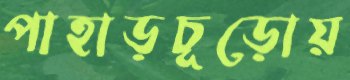
পাহাড়চূড়োয়